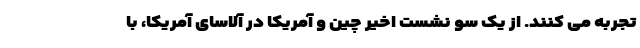
تجربه می کنند. از یک سو نشست اخیر چین و آمریکا در آلاسای آمریکا، با